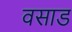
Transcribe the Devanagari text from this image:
वसाड